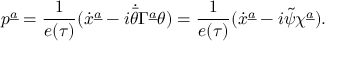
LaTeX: p ^ { \underline { { a } } } = { \frac { 1 } { e ( \tau ) } } ( \dot { x } ^ { \underline { { a } } } - i \dot { \bar { \theta } } \Gamma ^ { \underline { { a } } } \theta ) = { \frac { 1 } { e ( \tau ) } } ( \dot { x } ^ { \underline { { a } } } - i \tilde { \psi } \chi ^ { \underline { { a } } } ) .